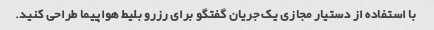
با استفاده از دستیار مجازی یک جریان گفتگو برای رزرو بلیط هواپیما طراحی کنید.